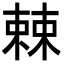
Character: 𣗥